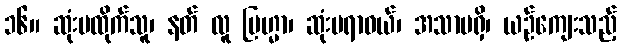
၁၆။ ဆုံးမထိုက်သူ၊ နတ် လူ ဗြဟ္မာ၊ ဆုံးမရာဝယ်၊ အသာမရှိ၊ ယဉ်ကျေးသည့်